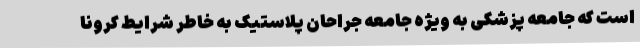
است که جامعه پزشکی به ویژه جامعه جراحان پلاستیک به خاطر شرایط کرونا